Vaccination in Bombay 1869-1873 - 1869-1873
Year: 1869
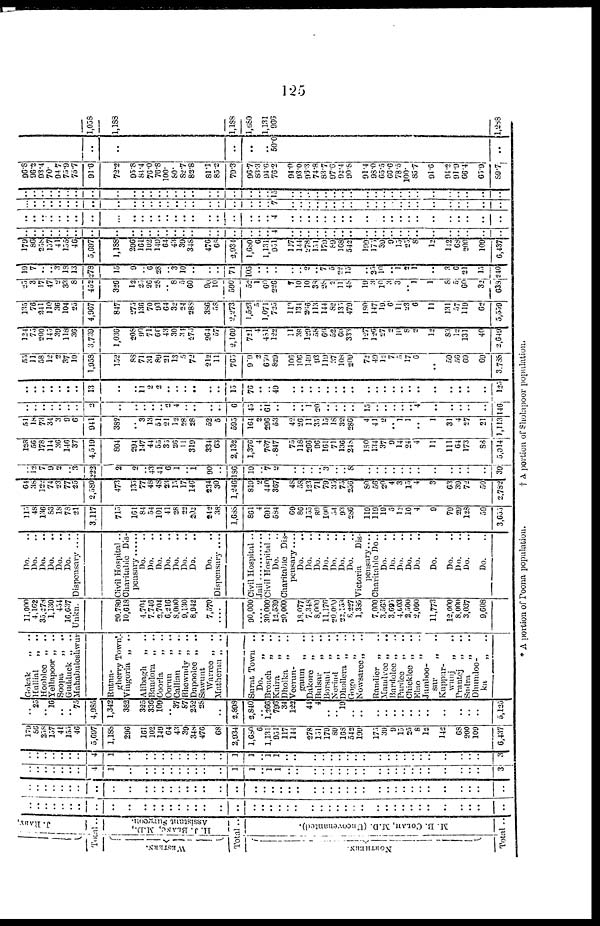
125
J. RABY,
Total..
WESTERN.
H. J. BLANC, .M.D.,
Assistant Surgeon.
Total ..
NORTHERN.
M. B COLAH, M.D. (Uncovenanted).
Total ..
..
..
..
..
..
..
..
..
..
..
..
..
..
..
..
..
..
..
..
..
..
.. ..
..
..
..
..
..
..
..
..
..
..
..
..
..
..
..
..
..
..
..
..
..
..
..
..
..
..
..
..
..
..
..
..
..
..
..
..
..
..
..
..
..
..
..
.. ..
..
..
..
..
..
..
..
..
..
..
..
..
..
..
..
..
..
..
..
..
..
..
..
..
..
..
..
..
..
4
1
..
..
..
..
..
..
..
..
..
..
1
1
.. 1
1
..
..
..
..
..
..
..
..
..
..
..
..
..
..
..
..
..
..
..
..
3
..
..
..
..
..
..
..
4
1
..
..
..
..
..
..
..
..
..
..
1
1
.. 1
1
..
..
..
..
..
..
..
..
..
..
..
..
..
..
..
..
..
..
..
..
3
179
86
258
157
41
155
46
5,697
1,188
296
161
102
149
64
43
39
348
476
68
2,934
1,680
6
1,131
951
117
144
278
151
179
89
168
542
199
175
39
9
15
25
8
12
142
63
200
109
6,437
..
25
.. 16
..
..
75
4,985
1,342
382
325
336
109
..
37
87
252
28
..
2,898
2,840
.. 1,266
796
34
122
44
4
..
.. 19
..
..
..
..
..
..
..
..
..
..
..
..
..
5,135
Gokak
„
. .
Hullial
„
..
Hooblee „ ..
Yellapoor „ . .
Soopa „ ..
Gudduck „ . .
11,000
4,162
35,278
1,130
454
16,637
Do. ..
Do. ..
Do. ..
Do. ..
Do. ..
Do. ..
Mahabaleshwur Unkn. Dispensary....
Rutna-
gherry Town.
Vingorla
„ . .
Alibagh
„ . .
Bandora „ ..
Coorla
„ ..
Oorun „ ..
Gallian
„ ..
Bhewndy „ . .
Dapoolee „ . .
Sawunt
Warree „ ..
Matheran „ . .
Surat Town
. .
Do.
„ ..
Broach
„
Kaira „
Dholka
„
. .
Veerun-
gaum „ ..
Dakore
„ ..
Bulsar
„ ..
Borsud
„ ..
Neriad „ ..
Dhollera „ ..
Gogo
„ ..
Nowsaree „ ..
Randier „ ..
Maudvee „
. .
Bardolee „ ..
Pardee
„ ..
Chicklee „ ..
Elao
„
..
Jumboo-
sur
„ ..
Kuppur-
„ ..
Prantej „ ..
Sadra
„
Dhumdoo-
ka „ ..
20,789
10,618
4,704
7,746
2,704
6,216
8,000
9,130
8,942
7,570
....
90,000
.... 30,000
12,539
20,000
18,077
7,348
8,000
11,176
20,000
22,153
8,227
1,385
7,000
3,563
3,695
4,603
2,500
2,000
11,773
12,000
8,000
3,037
9,608
Civil Hospital ..
Charitable
Dis-
pensary
Do. ..
Do. ..
Do. ..
Do. ..
Do. ..
Do. ..
Do. ..
Do. ..
Dispensary . . . .
Civil Hospital . .
Jail
Civil Hospital . .
Do. ..
Charitable
Dis-
pensary ....
Do. ..
Do. ..
Do. ..
Do. ..
Do. ..
Do. ..
Do. ..
Victoria
Dis-
pensary....
Charitable Do..
Do. ..
Do. ..
Do. ..
Do. ..
Do. ..
Do. ..
Do. ..
Do. ..
Do. ..
Do. ..
115
48
136
83
18
78
21
3,117
715
161
84
54
101
41
28
22
202
242
38
1,688
861
4
691
584
69
86
155
80
100
54
93
286
119
119
19
5
12
10
4
9
79
29
128
59
3,655
64
38
122
74
23
77
25
2,580
473
135
77
48
48
23
15
17
146
234
30
1,246
819
2 440
367
48
58
123
71
79
35
75
256
80
56
20
4
3
15
4
3
63
39
72
50
2,782
..
12
7
9
2
.. 3
223
2
2
.. 43
41
6
1
..
1
90
..
186
19
.. 7
2
..
.. ..
..
3
..
.. 8
..
..
..
..
..
..
..
..
..
..
..
..
39
128
56
178
114
36
146
37
4,519
804
294
147
44
55
35
26
11
319
334
63
2,132
1,376
4
767
847
75
118
266
96
161
71
136
248
180
134
37
9
14
24
4
11
111
64
173
88
5,014
51
18
73
34
3
9
6
941
382
..
3
13
51
21
12
28
28
52
5
595
164
2 296
53
42
26
11
35
15
18
32
286
4
41
2
.. l
1
..
l
31
4
27
21
1,113
..
..
..
..
..
..
..
2
..
..
..
..
.. 2
4
..
..
..
..
6
45
.. 61
..
..
.. 1
20
..
..
..
..
15
..
..
..
..
.. 4
..
..
..
..
..
146
..
..
..
..
..
..
..
13
..
..
11 2
2
..
..
.. ..
..
..
15
76
.. .. 49
..
.. ..
..
..
..
..
..
..
..
..
..
..
..
..
..
..
..
..
..
125
55
11
58
12
2
37 10
1,958
152
88
71
31
89
21
13
5
72
212
11
765
909
2 650
829
106
106
149
93
119
37
108
209
72
49
10
7
5
17
6
..
59
56
69
69
3,788
124
75
200
145
39
118
36
3,739
1,036
208
90
71
66
43
30
34
276
264
57
2,169
721
4 4,81
122
11
38 129
58
69
52
60
333
127
126
27
2
10
8
2
12
83
12
131
40
2,649
135
7 6
241
110
36
104
25
4,967
847
275
136
70
93
64
32
24
288
386
58
2,273
1,523
5 1,071
725
100 134
266 113
144
82
130
479
180
147
19
6
11
23
6
11
131
57
119
62
5,559
25
3
17
47
2
33
8
452
326
12
25
26
28
.. 8
5
60
90
10
590
52
1
60
226
7
10 10
38
28 2
11
48
19
3
10
3 3
.. 1
1
8
5
60
32
638
19
7
..
.. 3
18
13
278
15
9
.. 6
28
.. 3
10
..
..
..
71
105
.. ..
..
..
.. 2
.. 7
5
22
15
..
35
10
.. 1
2 1
..
3
6
21
15
240
179
86
258
157
41
155
46
5,697
1,188
296
161
102
149
64
43
39
348
476
68
2,934
l,680
6 1,131
951
117
144 278
151
179
89
168
542
199
175
39
9
15
25
8
12
142
68
200
109
6,437
..
..
..
..
..
..
..
..
..
..
..
..
..
..
..
..
..
..
..
..
..
.. .. 4
..
.. ..
..
..
..
..
..
..
..
..
..
..
..
..
..
..
..
..
..
..
..
..
..
..
..
..
..
..
..
..
..
..
..
..
..
..
..
..
..
..
..
.. .. 4
..
.. ..
..
..
..
..
..
..
..
..
..
..
..
..
..
..
..
..
..
..
...
..
..
..
..
..
..
..
..
..
..
..
..
..
..
..
..
..
..
..
..
.. .. 7
..
.. ..
..
..
..
..
..
..
..
..
..
..
..
..
..
..
..
..
..
..
..
..
..
..
..
..
..
..
..
..
..
..
..
..
..
..
..
..
..
..
..
.. .. 15
..
.. ..
..
..
..
..
..
..
..
..
..
..
..
..
..
..
..
..
..
..
96.8
96.2
93.4
70.
94.7
75.9
75.7
91.6
72.2
95.8
84.4
76.0
76.8
100.
80.
82.7
82.8
81.1
85.2
79.3
96.7
83.3 94.6
76.2
94.0
93.0 96.3
74.8
83.7
97.6
92.4
90.8
91.4
98.0
65.5
66.6
78.5
100.
85.7
91.6
94.2
91.9
66.4
65.9
89.7
..
..
..
..
.. 50.0
..
1,058
1,188
1,188
l,680
1,131
966
1,288
* A portion of Poona population.
†
A portion of Sholapoor population.